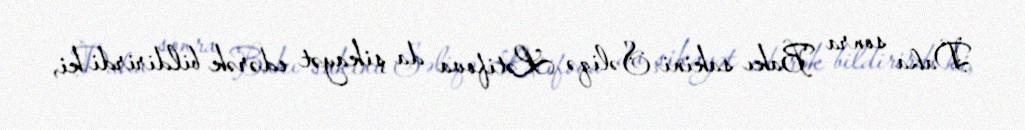
Daha sonra Bakı sakini Səliqə Lətifova da şikayət edərək bildirirdi ki,